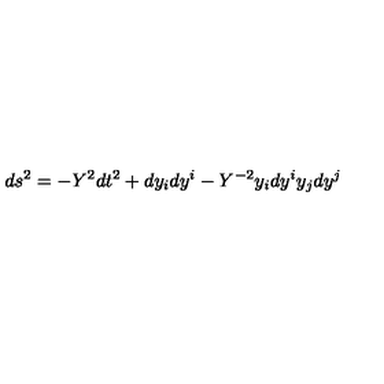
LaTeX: d s ^ { 2 } = - Y ^ { 2 } d t ^ { 2 } + d y _ { i } d y ^ { i } - Y ^ { - 2 } y _ { i } d y ^ { i } y _ { j } d y ^ { j }